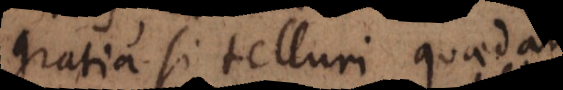
gratia si telluri quaedam